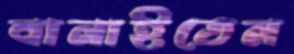
বানাইতেন